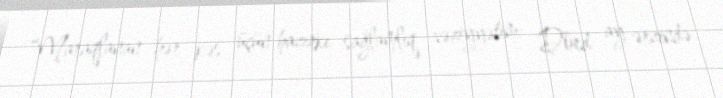
“Maraqlanan hər kəs üçün hazırkı sağlamlıq vəziyyətim: Dörd ay ərzində